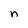
Character: n